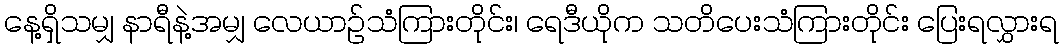
နေ့ရှိသမျှ နာရီနဲ့အမျှ လေယာဉ်သံကြားတိုင်း၊ ရေဒီယိုက သတိပေးသံကြားတိုင်း ပြေးရလွှားရ